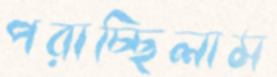
পরাচ্ছিলাম